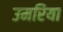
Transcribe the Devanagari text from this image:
उमरिया